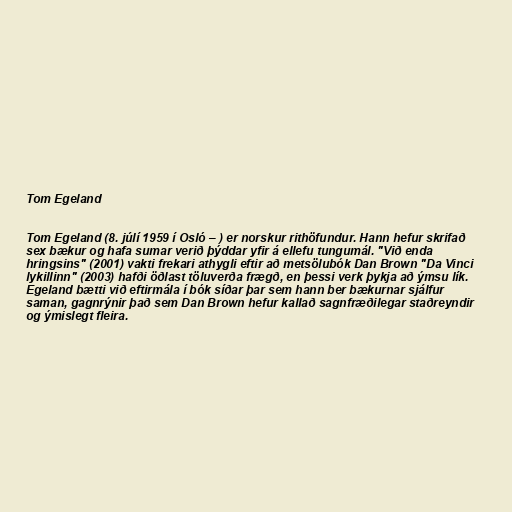
Tom Egeland

Tom Egeland (8. júlí 1959 í Osló – ) er norskur rithöfundur. Hann hefur skrifað
sex bækur og hafa sumar verið þýddar yfir á ellefu tungumál. "Við enda
hringsins" (2001) vakti frekari athygli eftir að metsölubók Dan Brown "Da Vinci
lykillinn" (2003) hafði öðlast töluverða frægð, en þessi verk þykja að ýmsu lík.
Egeland bætti við eftirmála í bók síðar þar sem hann ber bækurnar sjálfur
saman, gagnrýnir það sem Dan Brown hefur kallað sagnfræðilegar staðreyndir
og ýmislegt fleira.